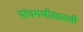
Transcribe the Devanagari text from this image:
पांचगणीसारखी